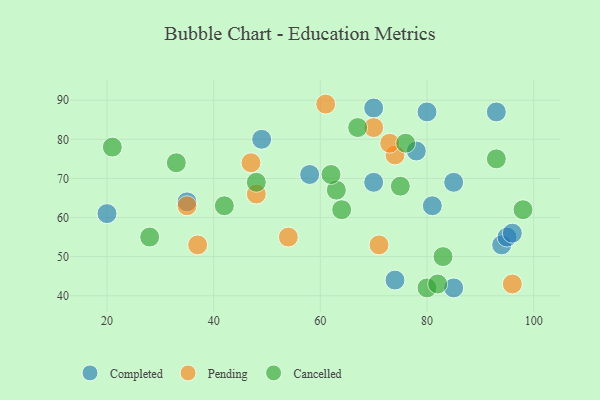
{"axis": {"x": "GDP", "y": "Life Expectancy"}, "legend": ["Cancelled", "Completed", "Pending"], "data": [{"x": "78", "y": 77, "type": "Completed"}, {"x": "49", "y": 80, "type": "Completed"}, {"x": "70", "y": 69, "type": "Completed"}, {"x": "94", "y": 53, "type": "Completed"}, {"x": "85", "y": 42, "type": "Completed"}, {"x": "85", "y": 69, "type": "Completed"}, {"x": "35", "y": 64, "type": "Completed"}, {"x": "58", "y": 71, "type": "Completed"}, {"x": "80", "y": 87, "type": "Completed"}, {"x": "81", "y": 63, "type": "Completed"}, {"x": "93", "y": 87, "type": "Completed"}, {"x": "74", "y": 44, "type": "Completed"}, {"x": "95", "y": 55, "type": "Completed"}, {"x": "70", "y": 88, "type": "Completed"}, {"x": "96", "y": 56, "type": "Completed"}, {"x": "20", "y": 61, "type": "Completed"}, {"x": "48", "y": 66, "type": "Pending"}, {"x": "47", "y": 74, "type": "Pending"}, {"x": "74", "y": 76, "type": "Pending"}, {"x": "54", "y": 55, "type": "Pending"}, {"x": "96", "y": 43, "type": "Pending"}, {"x": "61", "y": 89, "type": "Pending"}, {"x": "37", "y": 53, "type": "Pending"}, {"x": "71", "y": 53, "type": "Pending"}, {"x": "73", "y": 79, "type": "Pending"}, {"x": "70", "y": 83, "type": "Pending"}, {"x": "35", "y": 63, "type": "Pending"}, {"x": "75", "y": 68, "type": "Cancelled"}, {"x": "98", "y": 62, "type": "Cancelled"}, {"x": "33", "y": 74, "type": "Cancelled"}, {"x": "63", "y": 67, "type": "Cancelled"}, {"x": "80", "y": 42, "type": "Cancelled"}, {"x": "62", "y": 71, "type": "Cancelled"}, {"x": "76", "y": 79, "type": "Cancelled"}, {"x": "83", "y": 50, "type": "Cancelled"}, {"x": "48", "y": 69, "type": "Cancelled"}, {"x": "21", "y": 78, "type": "Cancelled"}, {"x": "42", "y": 63, "type": "Cancelled"}, {"x": "67", "y": 83, "type": "Cancelled"}, {"x": "82", "y": 43, "type": "Cancelled"}, {"x": "28", "y": 55, "type": "Cancelled"}, {"x": "93", "y": 75, "type": "Cancelled"}, {"x": "64", "y": 62, "type": "Cancelled"}]}